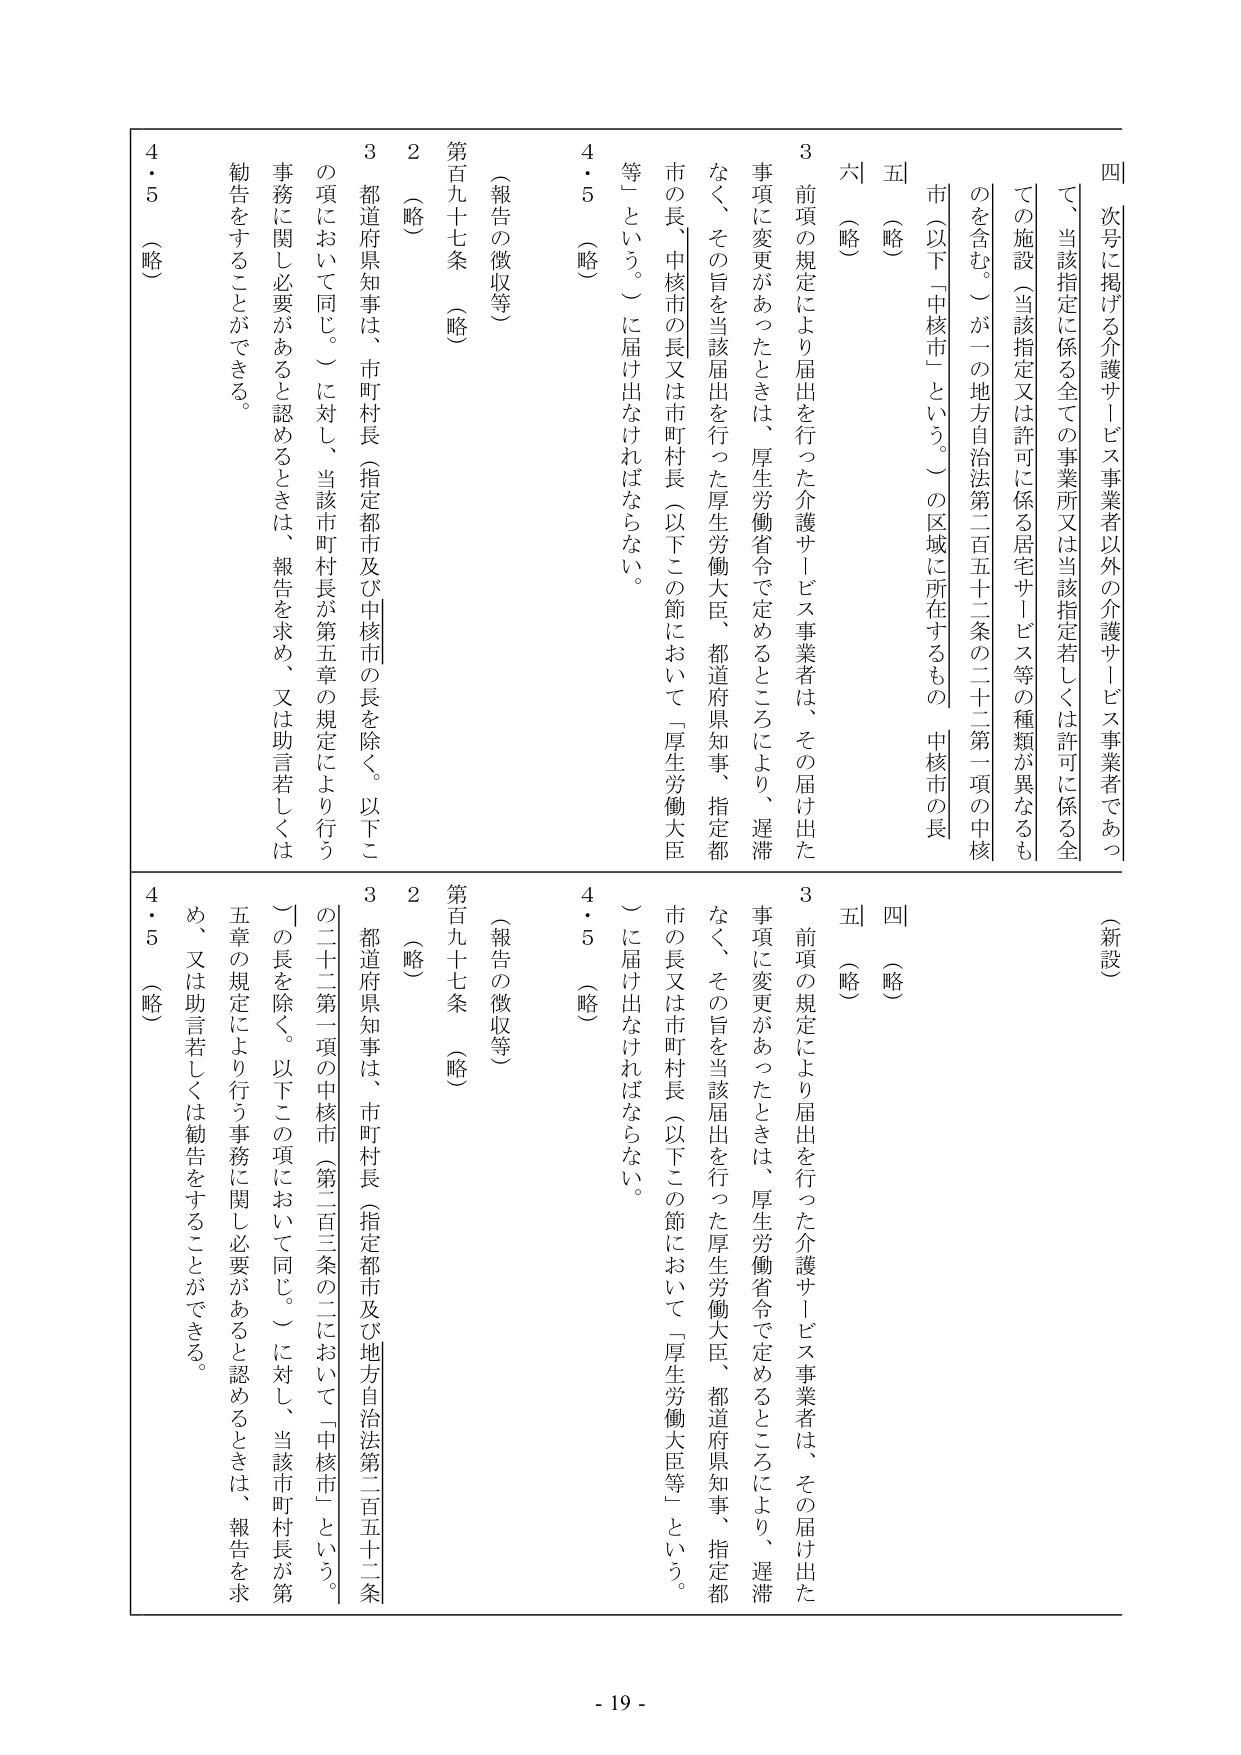
四 次号に掲げる介護サービス事業者以外の介護サービス事業者であつて、当該指定に係る全ての事業所又は当該指定若しくは許可に係る全ての施設（当該指定又は許可に係る居宅サービス等の種類が異なるものを含む。）が一の地方自治法第二百五十二条の二十二第一項の中核市（以下「中核市」という。）の区域に所在するもの 中核市の長

五 （略）

六 （略）

3 前項の規定により届出を行つた介護サービス事業者は、その届け出た事項に変更があつたときは、厚生労働省令で定めるところにより、遅滞なく、その旨を当該届出を行つた厚生労働大臣、都道府県知事、指定都市の長、中核市の長又は市町村長（以下この節において「厚生労働大臣等」という。）に届け出なければならない。

4・5 （略）

（報告の徴収等）

第百九十七条 （略）

2 （略）

3 都道府県知事は、市町村長（指定都市及び中核市の長を除く。以下この項において同じ。）に対し、当該市町村長が第五章の規定により行う事務に関し必要があると認めるときは、報告を求め、又は助言若しくは勧告をすることができる。

4・5 （略）

（新設）

四 （略）

五 （略）

3 前項の規定により届出を行つた介護サービス事業者は、その届け出た事項に変更があつたときは、厚生労働省令で定めるところにより、遅滞なく、その旨を当該届出を行つた厚生労働大臣、都道府県知事、指定都市の長又は市町村長（以下この節において「厚生労働大臣等」という。）に届け出なければならない。

4・5 （略）

（報告の徴収等）

第百九十七条 （略）

2 （略）

3 都道府県知事は、市町村長（指定都市及び地方自治法第二百五十二条の二十二第一項の中核市（第二百三条の二において「中核市」という。）の長を除く。以下この項において同じ。）に対し、当該市町村長が第五章の規定により行う事務に関し必要があると認めるときは、報告を求め、又は助言若しくは勧告をすることができる。

4・5 （略）

- 19 -